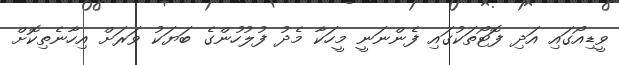
ވީޑިއޯގައި އަދި ފޮޓޯތަކުގައި ފެންނަނީ މީހަކާ މެދު ފުލުހުންގެ ބަޔަކު ވަރަށް އިހާނެތިކޮށް